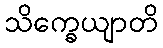
သိက္ခေယျာတိ